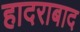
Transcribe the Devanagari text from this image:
हादराबाद